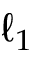
\ell _ { 1 }